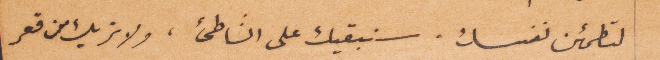
لتطمئن نفسك. سنبقيك على الشاطئ، ولا تر بك من قعر